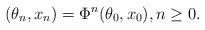
LaTeX: \begin{align*}(\theta_n, x_n) = \Phi^n(\theta_0, x_0), n \geq 0.\end{align*}